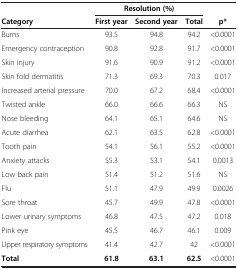
<table><thead><tr><td><b> </b></td><td colspan="3"><b>Resolution (%)</b></td><td><b> </b></td></tr><tr><td><b>Category</b></td><td><b>First year</b></td><td><b>Second year</b></td><td><b>Total</b></td><td><b>p*</b></td></tr></thead><tbody><tr><td>Burns</td><td>93.5</td><td>94.8</td><td>94.2</td><td>&lt;0.0001</td></tr><tr><td>Emergency contraception</td><td>90.8</td><td>92.8</td><td>91.7</td><td>&lt;0.0001</td></tr><tr><td>Skin injury</td><td>91.6</td><td>90.9</td><td>91.2</td><td>&lt;0.0001</td></tr><tr><td>Skin fold dermatitis</td><td>71.3</td><td>69.3</td><td>70.3</td><td>0.017</td></tr><tr><td>Increased arterial pressure</td><td>70.0</td><td>67.2</td><td>68.4</td><td>&lt;0.0001</td></tr><tr><td>Twisted ankle</td><td>66.0</td><td>66.6</td><td>66.3</td><td>NS</td></tr><tr><td>Nose bleeding</td><td>64.1</td><td>65.1</td><td>64.6</td><td>NS</td></tr><tr><td>Acute diarrhea</td><td>62.1</td><td>63.5</td><td>62.8</td><td>&lt;0.0001</td></tr><tr><td>Tooth pain</td><td>54.1</td><td>56.1</td><td>55.2</td><td>&lt;0.0001</td></tr><tr><td>Anxiety attacks</td><td>55.3</td><td>53.1</td><td>54.1</td><td>0.0013</td></tr><tr><td>Low back pain</td><td>51.4</td><td>51.2</td><td>51.6</td><td>NS</td></tr><tr><td>Flu</td><td>51.1</td><td>47.9</td><td>49.9</td><td>0.0026</td></tr><tr><td>Sore throat</td><td>45.7</td><td>49.9</td><td>47.8</td><td>&lt;0.0001</td></tr><tr><td>Lower urinary symptoms</td><td>46.8</td><td>47.5</td><td>47.2</td><td>0.018</td></tr><tr><td>Pink eye</td><td>45.5</td><td>46.7</td><td>46.1</td><td>0.009</td></tr><tr><td>Upper respiratory symptoms</td><td>41.4</td><td>42.7</td><td>42</td><td>&lt;0.0001</td></tr><tr><td><b>Total</b></td><td><b>61.8</b></td><td><b>63.1</b></td><td><b>62.5</b></td><td>&lt;0.0001</td></tr></tbody></table>